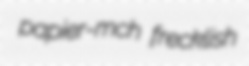
papier-mch frecklish